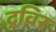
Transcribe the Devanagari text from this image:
द्रविर